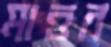
মাত্তর